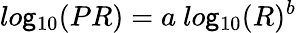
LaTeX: lo\mathsf{g}_{10}(PR)=a~lo\mathsf{g}_{10}(R)^{b}